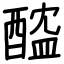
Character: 醓